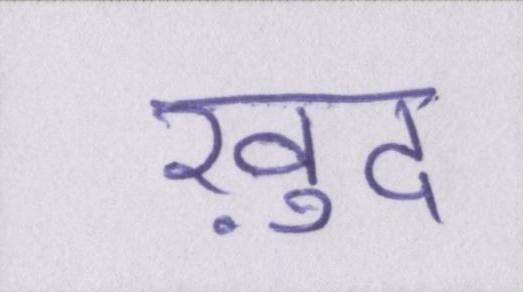
ख़ुद